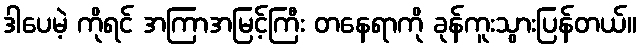
ဒါပေမဲ့ ကိုရင် အကြာအမြင့်ကြီး တနေရာကို ခုန်ကူးသွားပြန်တယ်။